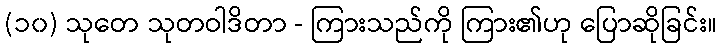
(၁၀) သုတေ သုတဝါဒိတာ - ကြားသည်ကို ကြား၏ဟု ပြောဆိုခြင်း။